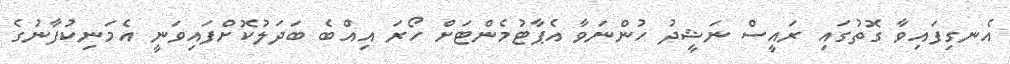
އެނގިފައިވާ ގޮތުގައި ރައީސް ނަޝީދު ހުންނަވާ އެޕާޓުމެންޓަށް ހޯރަ އިއްބެ ބަދަލުކޮށްފައިވަނީ އެމަނިކުފާނުގެ